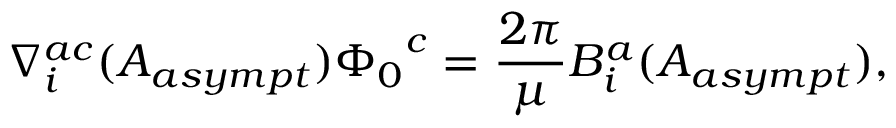
\nabla _ { i } ^ { a c } ( A _ { a s y m p t } ) { \Phi _ { 0 } } ^ { c } = \frac { 2 \pi } { \mu } B _ { i } ^ { a } ( A _ { a s y m p t } ) ,